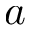
a